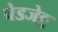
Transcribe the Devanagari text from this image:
पेडजेट्ट